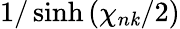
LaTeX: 1/\sinh{(\chi_{n\mathit{k}}/2)}